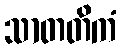
သာတတိကံ